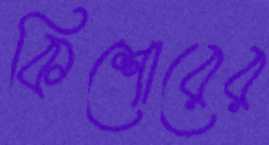
কিশোরের